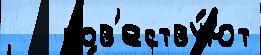
   пов'еству́ют